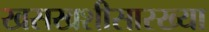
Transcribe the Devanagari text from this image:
खसखशीसारख्या